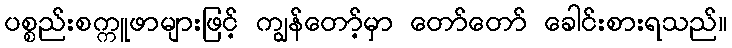
ပစ္စည်းစက္ကူဖာများဖြင့် ကျွန်တော့်မှာ တော်တော် ခေါင်းစားရသည်။